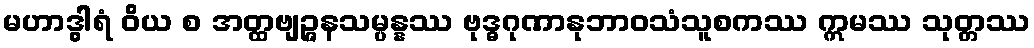
မဟာဒွါရံ ဝိယ စ အတ္ထဗျဉ္ဇနသမ္ပန္နဿ ဗုဒ္ဓဂုဏာနုဘာဝသံသူစကဿ ဣမဿ သုတ္တဿ